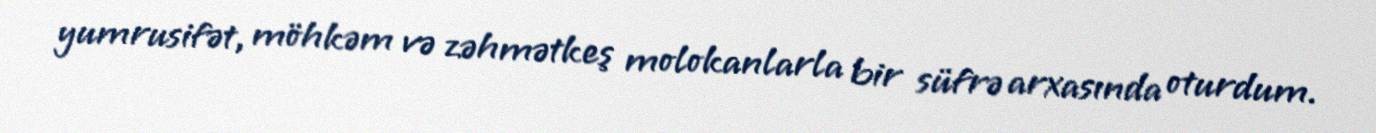
yumrusifət, möhkəm və zəhmətkeş molokanlarla bir süfrə arxasında oturdum.